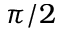
\pi / 2